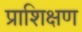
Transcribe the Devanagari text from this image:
प्राशिक्षण